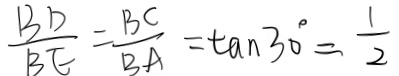
\frac { B D } { B E } = \frac { B C } { B A } = \tan 3 0 ^ { \circ } = \frac { 1 } { 2 }